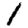
Digit: 1